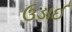
ઉડાઈ